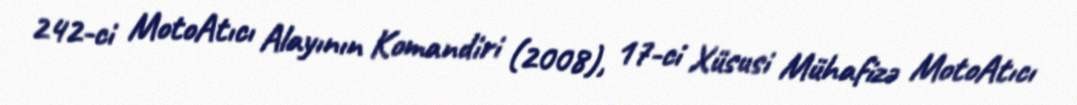
242-ci MotoAtıcı Alayının Komandiri (2008), 17-ci Xüsusi Mühafizə MotoAtıcı